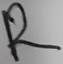
Text: R